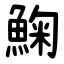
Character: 䱡